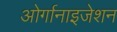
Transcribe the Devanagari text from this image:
ओर्गानाइजेशन